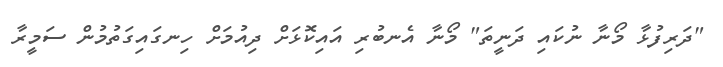
"ދަރިފުޅާ މޯނާ ނުކައި ދަނީތަ" މޯނާ އެނބުރި އައިކޮޅަށް ދިއުމަށް ހިނގައިގަތުމުން ސަމީރާ